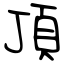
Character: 頂